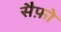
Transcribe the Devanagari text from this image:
सैफ़ो